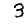
Digit: 3